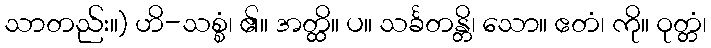
သာတည်း။) ဟိ-သစ္စံ၊ ၏။ အတ္ထိ။ ပ။ သင်္ခတန္တိ၊ သော။ ဧတံ၊ ကို။ ဝုတ္တံ၊